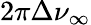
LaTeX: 2\pi\Delta\nu_{\infty}